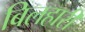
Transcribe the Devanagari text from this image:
बिलहारी